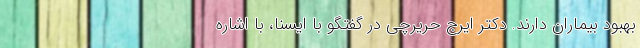
بهبود بیماران دارند. دکتر ایرج حریرچی در گفتگو با ایسنا، با اشاره